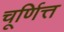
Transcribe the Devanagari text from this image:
चूर्णित्त